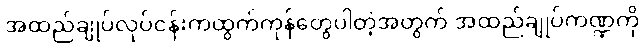
အထည်ချုပ်လုပ်ငန်းကထွက်ကုန်တွေပါတဲ့အတွက် အထည်ချုပ်ကဏ္ဍကို